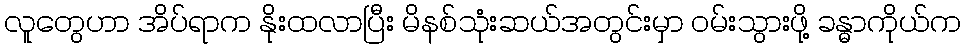
လူတွေဟာ အိပ်ရာက နိုးထလာပြီး မိနစ်သုံးဆယ်အတွင်းမှာ ဝမ်းသွားဖို့ ခန္ဓာကိုယ်က